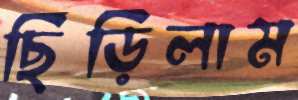
ছিঁড়িলাম